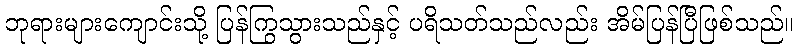
ဘုရားများကျောင်းသို့ ပြန်ကြွသွားသည်နှင့် ပရိသတ်သည်လည်း အိမ်ပြန်ပြီဖြစ်သည်။